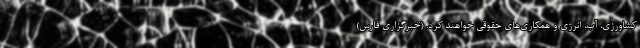
کشاورزی، آب، انرژی و همکاری‌های حقوقی خواهند کرد. (خبرگزاری فارس)